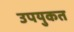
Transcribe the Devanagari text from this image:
उपयुकत